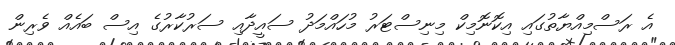
އެ ރަސްމިއްޔާތުގައި އިކޮނޮމިކް މިނިސްޓަރު މުހައްމަދު ސައީދާއި ސަރުކާރުގެ އިސް ބައެއް ވެރިން